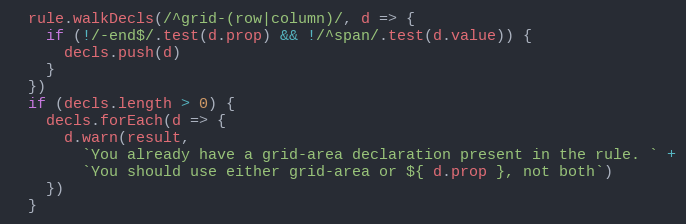
Language: JavaScript
  rule.walkDecls(/^grid-(row|column)/, d => {
    if (!/-end$/.test(d.prop) && !/^span/.test(d.value)) {
      decls.push(d)
    }
  })
  if (decls.length > 0) {
    decls.forEach(d => {
      d.warn(result,
        `You already have a grid-area declaration present in the rule. ` +
        `You should use either grid-area or ${ d.prop }, not both`)
    })
  }